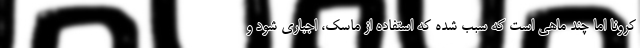
کرونا اما چند ماهی است که سبب شده که استفاده از ماسک، اجباری شود و